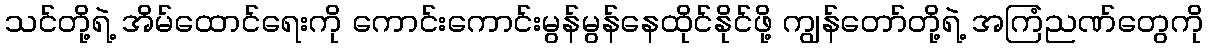
သင်တို့ရဲ့ အိမ်ထောင်ရေးကို ကောင်းကောင်းမွန်မွန်နေထိုင်နိုင်ဖို့ ကျွန်တော်တို့ရဲ့ အကြံညဏ်တွေကို